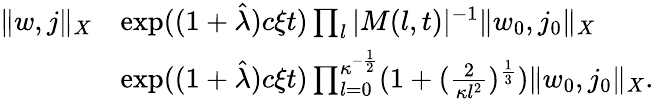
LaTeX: \begin{array}{rl}{\Vert w,j\Vert_{X}}&{\le\exp((1+\hat{\lambda})c\xi t)\prod_{l}\vert M(l,t)\vert^{-1}\Vert w_{0},j_{0}\Vert_{X}}\\ &{\le\exp((1+\hat{\lambda})c\xi t)\prod_{l=0}^{\kappa^{-\frac 12}}(1+(\frac 2{\kappa l^{2}})^{\frac 13})\Vert w_{0},j_{0}\Vert_{X}.}\end{array}